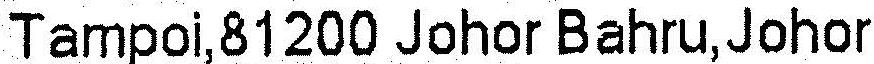
TAMPOI,81200 JOHOR BAHRU,JOHOR